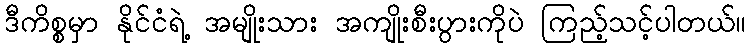
ဒီကိစ္စမှာ နိုင်ငံရဲ့ အမျိုးသား အကျိုးစီးပွားကိုပဲ ကြည့်သင့်ပါတယ်။